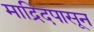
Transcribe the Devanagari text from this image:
माद्रिदपासून